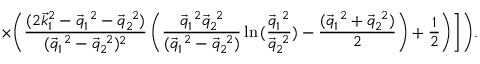
\times \Biggl . \Biggl . \Biggl ( \frac { ( 2 { \vec { k } } _ { 1 } ^ { 2 } - \vec { q } _ { 1 } ^ { ~ 2 } - \vec { q } _ { 2 } ^ { ~ 2 } ) } { ( \vec { q } _ { 1 } ^ { ~ 2 } - \vec { q } _ { 2 } ^ { ~ 2 } ) ^ { 2 } } \left( \frac { \vec { q } _ { 1 } ^ { ~ 2 } \vec { q } _ { 2 } ^ { ~ 2 } } { ( \vec { q } _ { 1 } ^ { ~ 2 } - \vec { q } _ { 2 } ^ { ~ 2 } ) } \ln { ( \frac { \vec { q } _ { 1 } ^ { ~ 2 } } { \vec { q } _ { 2 } ^ { ~ 2 } } ) } - \frac { ( \vec { q } _ { 1 } ^ { ~ 2 } + \vec { q } _ { 2 } ^ { ~ 2 } ) } 2 \right) + \frac 1 2 \Biggr ) \Biggr ] \Biggr ) .